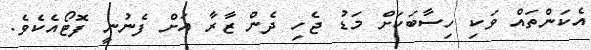
އެކަންތައް ވަކި ހިސާބަކަށް މަޑު ޖެހި ދެން ޒާރާ އަށް ފެނުނީ ފޮޓޯއެކެވެ.